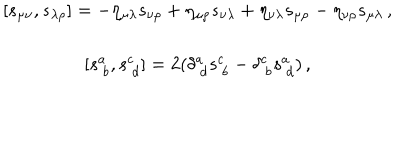
\begin{array} { c } { { [ s _ { \mu \nu } , s _ { \lambda \rho } ] = - \eta _ { \mu \lambda } s _ { \nu \rho } + \eta _ { \mu \rho } s _ { \nu \lambda } + \eta _ { \nu \lambda } s _ { \mu \rho } - \eta _ { \nu \rho } s _ { \mu \lambda } \, , } } \\ { { { } } } \\ { { { [ } { s _ { ~ b } ^ { a } } , { } { s _ { ~ d } ^ { c } } { ] } = 2 ( \delta _ { ~ d } ^ { a } s _ { ~ b } ^ { c } - \delta _ { ~ b } ^ { c } s _ { ~ d } ^ { a } ) \, , } } \\ \end{array}